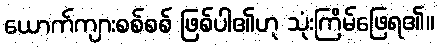
ယောက်ကျားစစ်စစ် ဖြစ်ပါ၏ဟု သုံးကြိမ်ဖြေရ၏။